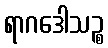
ရာဂဒေါသဉ္စ